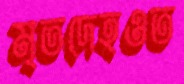
মৃতদেহওত